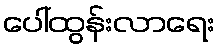
ပေါ်ထွန်းလာရေး